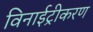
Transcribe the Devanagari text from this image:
विनाईट्रीकरण